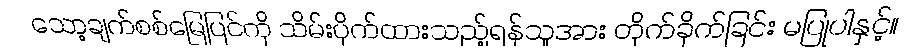
သော့ချက်စစ်မြေပြင်ကို သိမ်းပိုက်ထားသည့်ရန်သူအား တိုက်ခိုက်ခြင်း မပြုပါနှင့်။